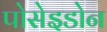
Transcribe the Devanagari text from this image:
पोसेइडोन